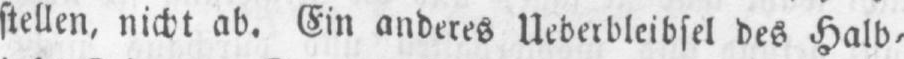
stellen, nicht ab. Ein anderes Ueberbleibsel des Halb⸗